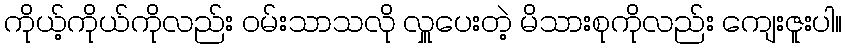
ကိုယ့်ကိုယ်ကိုလည်း ဝမ်းသာသလို လှူပေးတဲ့ မိသားစုကိုလည်း ကျေးဇူးပါ။